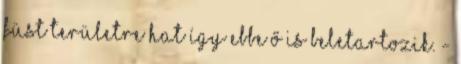
füst területre hat így ebbe ő is beletartozik. -